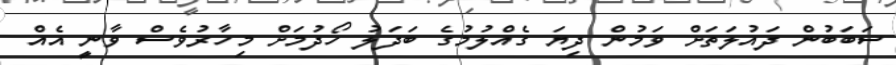
ސަބަބުން ދައުލަތަށް ވަމުން ދިޔަ ގެއްލުމުގެ ބަދަލު ހޯދުމަށް މިހާރުވެސް ވާނީ އެއް